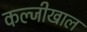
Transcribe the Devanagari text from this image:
कल्जीखाल